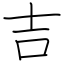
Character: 吉